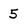
Character: 5